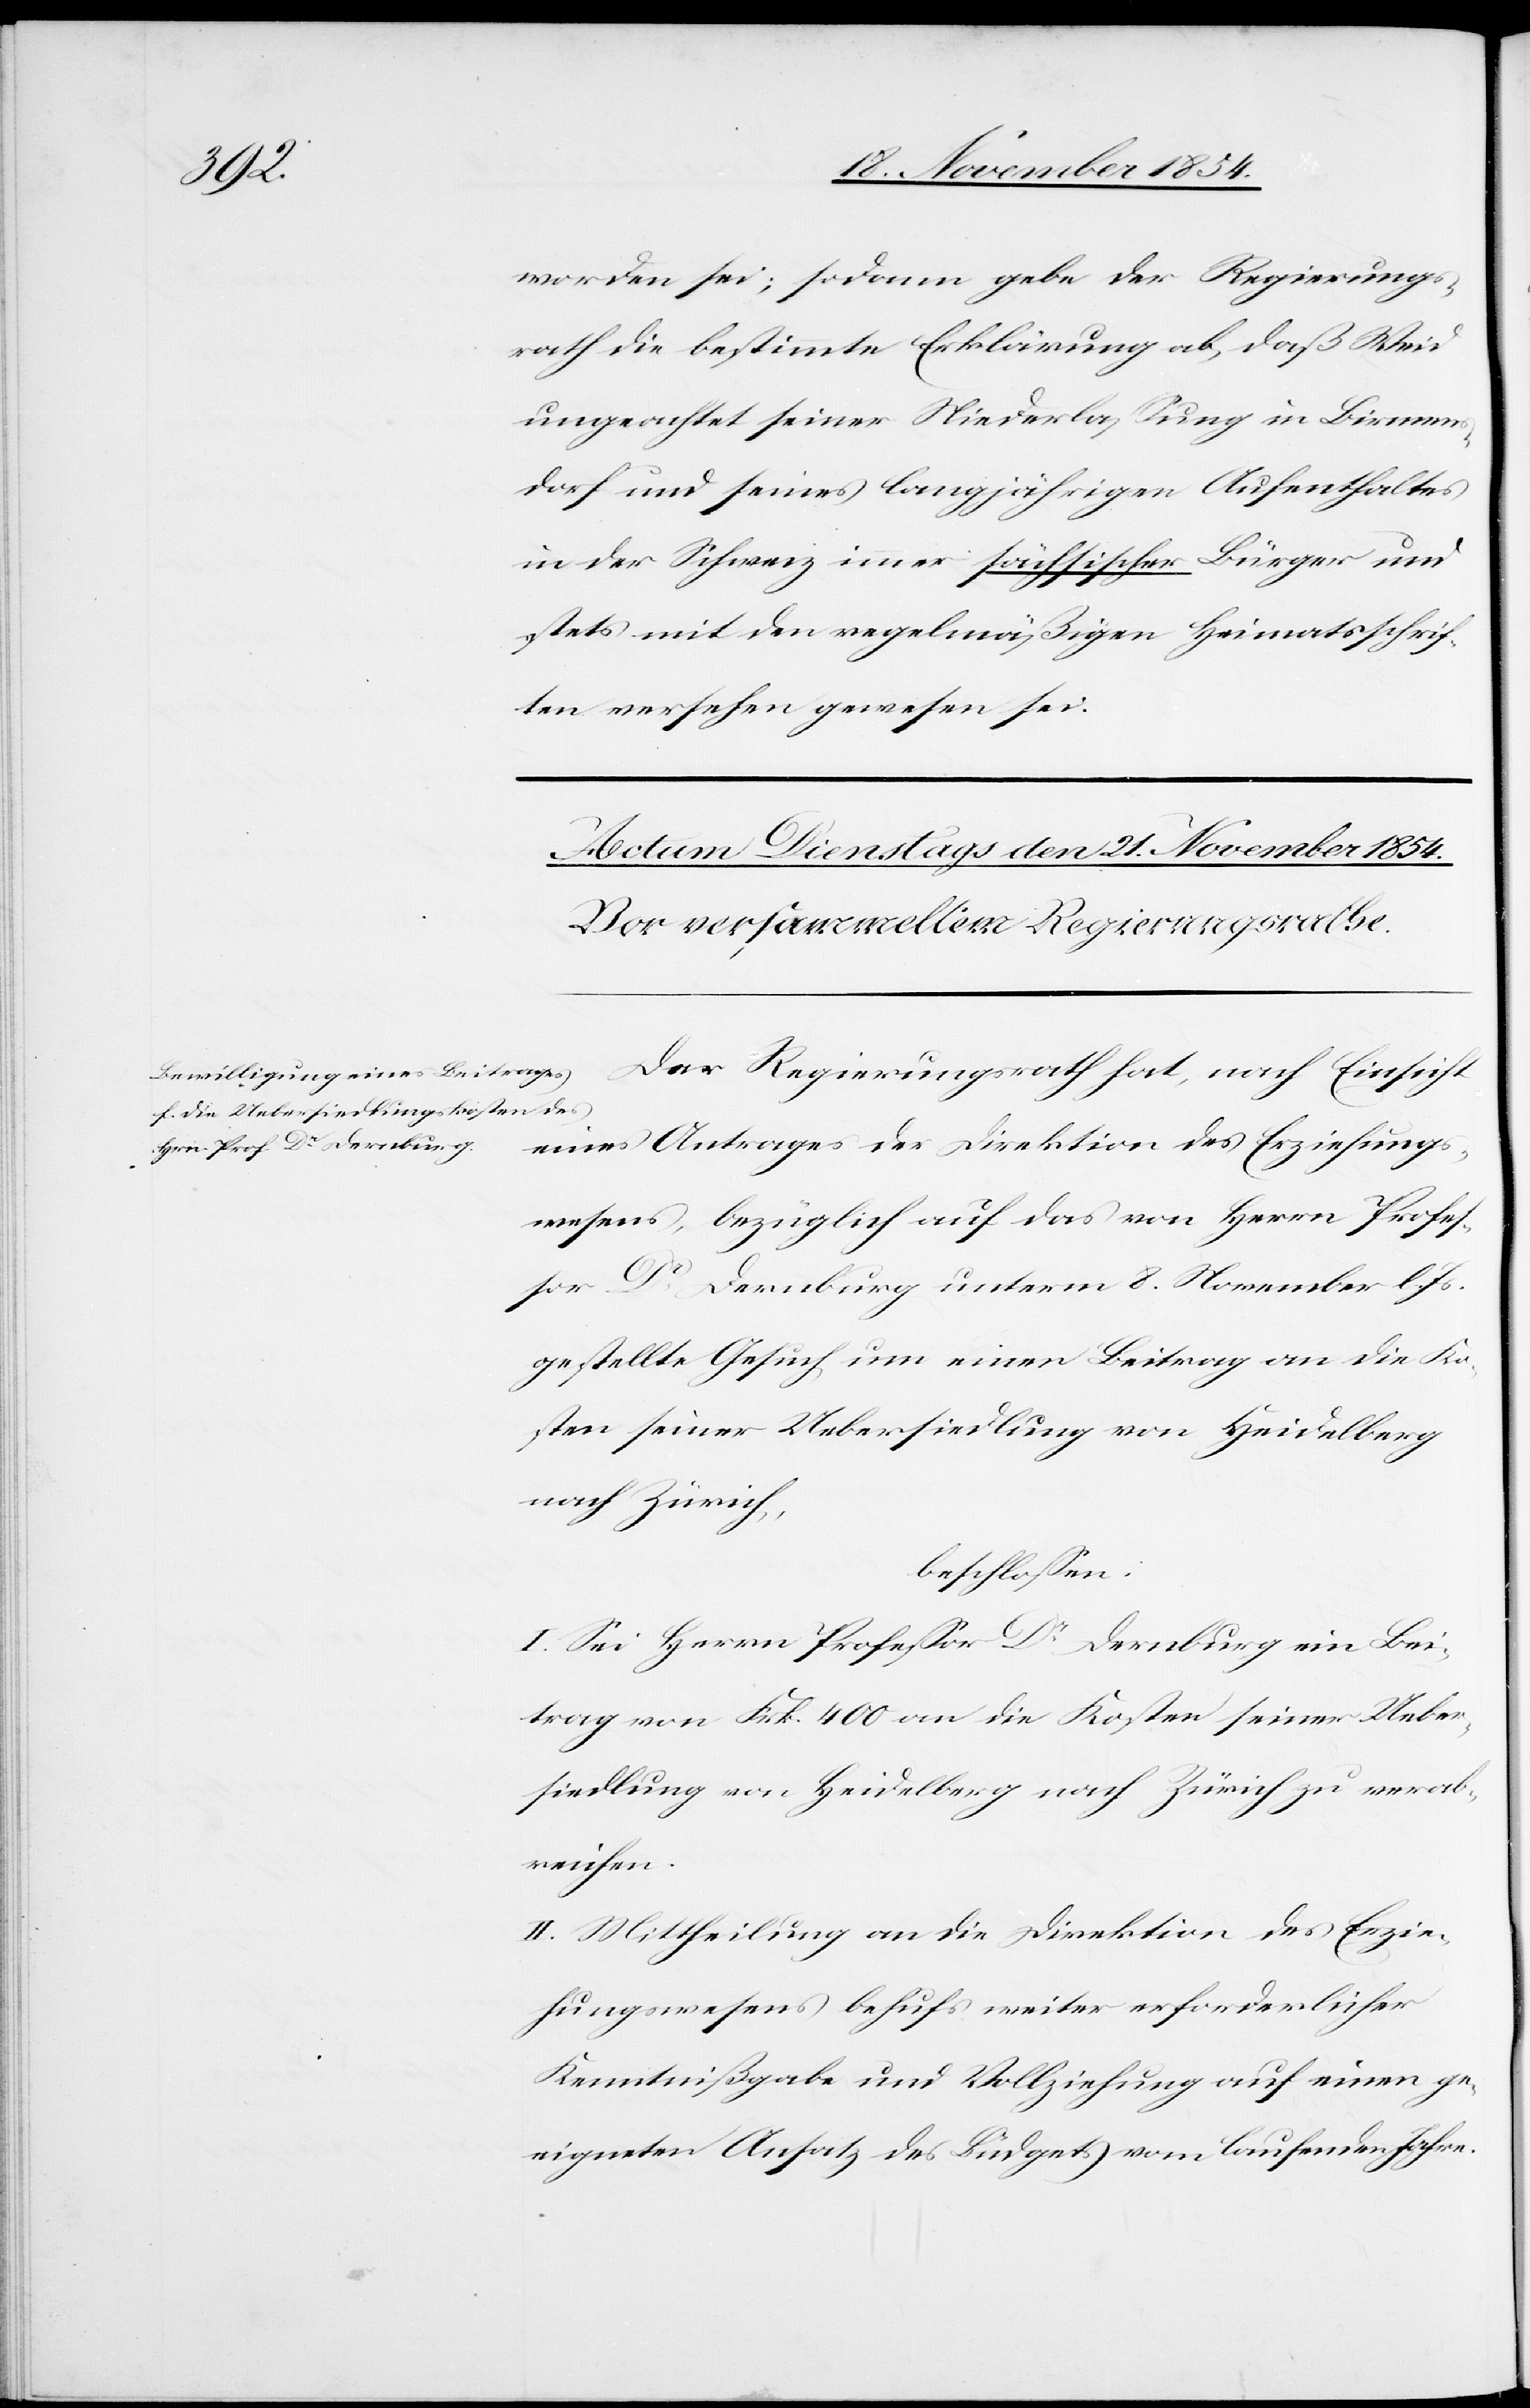
worden sei; sodann gebe der Regierungs¬
rath die bestimmte Erklärung ab, daß Weid
ungeachtet seiner Niederlaßung in Birmens¬
dorf und seines langjährigen Aufenthaltes
in der Schweiz immer sächsischer Bürger und
stets mit den regelmäßigen Heimatsschrif¬
ten versehen gewesen sei.
eines Antrages der Direktion des Erziehungs¬
Der Regierungsrath
wesens, bezüglich auf das von Herrn Profe¬
ßor Dr Dernburg unterm 8. November l. Js.
gestellte Gesuch um einen Beitrag an die Ko¬
sten seiner Uebersiedlung von Heidelberg
nach Zürich,
beschloßen:
I. Sei Herrn Profeßor Dr Dernburg ein Bei¬
trag von Frk. 400 an die Kosten seiner Ueber¬
siedlung von Heidelberg nach Zürich zu verab¬
reichen.
II. Mittheilung an die Direktion des Erzie¬
hungswesens behufs weiter erforderlicher
Kenntnißgabe und Vollziehung auf einen ge¬
eigneten Ansatz des Büdgets vom laufenden Jahre.